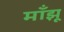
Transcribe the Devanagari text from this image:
माँझू